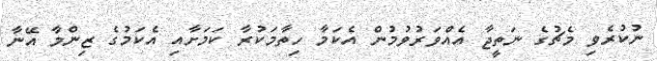
ނުކުރެވި މެޗުގެ ނަތީޖާ އެއްވަރުވުމުން އެކަމާ ހިތާމަކުރާ ކަމަށާއި އެކަމުގެ ޒިންމާ އޭނާ